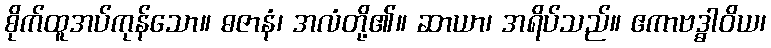
စိုက်ထူအပ်ကုန်သော။ ဓဇာနံ၊ အလံတို့၏။ ဆာယာ၊ အရိပ်သည်။ ဧကာဗဒ္ဓါဝိယ၊